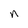
Character: n